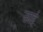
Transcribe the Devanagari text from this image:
ठाईं